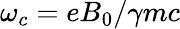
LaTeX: \omega_{c}=eB_{0}/\gamma mc